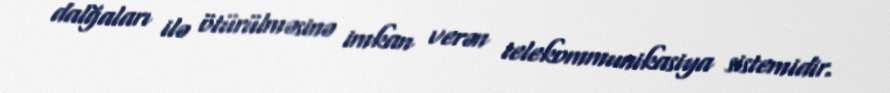
dalğaları ilə ötürülməsinə imkan verən telekommunikasiya sistemidir.